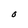
Character: O